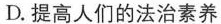
D.提高人们的法治素养